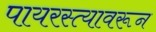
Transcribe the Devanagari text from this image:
पायरस्त्यावरून